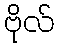
ဗိုလ်